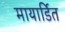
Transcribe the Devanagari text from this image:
मायार्डित